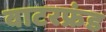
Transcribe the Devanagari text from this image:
वाटरफ्रंड